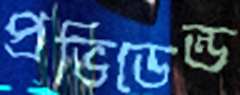
প্রভিডেন্ড